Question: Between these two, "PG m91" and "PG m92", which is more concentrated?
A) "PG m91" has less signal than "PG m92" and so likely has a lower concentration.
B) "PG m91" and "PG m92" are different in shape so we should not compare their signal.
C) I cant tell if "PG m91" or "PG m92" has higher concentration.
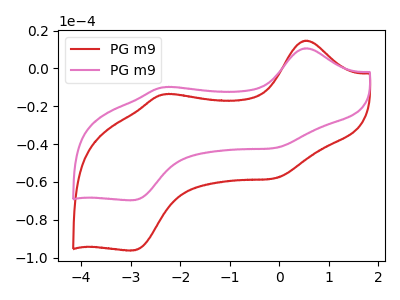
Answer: <think>The red curve "PG m91" has anodic peaks at (0.50V, 14.70uA) (-2.35V, -13.70uA) and cathodic peaks at (-0.10V, -58.05uA) (-2.95V, -96.25uA). The pink curve "PG m92" has anodic peaks at (0.50V, 10.65uA) (-2.35V, -9.90uA) and cathodic peaks at (-0.10V, -42.00uA) (-2.95V, -69.70uA).
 All the peaks in "PG m91" have a peak in "PG m92" at the same potential.</think>
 <answer>C) I cant tell if "PG m91" or "PG m92" has higher concentration.</answer>
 <eval>C</eval>